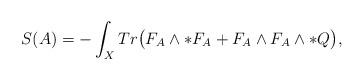
LaTeX: \begin{align*}S(A)=-\int_{X}Tr\big{(}F_{A}\wedge\ast F_{A}+F_{A}\wedge F_{A}\wedge\ast{Q}\big{)},\end{align*}